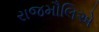
રાજમૌલિએ